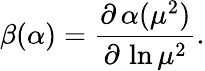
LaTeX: \beta(\alpha)=\frac{\partial\, \alpha(\mu^{2})}{\partial\, \ln\mu^{2}}.